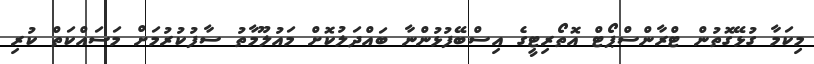
މިކަމާ ގުޅޭގޮތުން ޓްރާންސްޕޯޓް އޮތޯރިޓީގެ އިސްބޭފުޅުންނާ ބައްދަލުކޮށް މައުލޫމާތު ސާފުކުރުމަށް މަސައްކަތް ކުރި